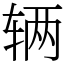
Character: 辆